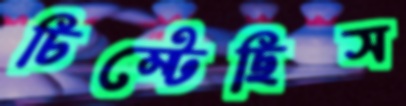
চিম্‌টেছিস